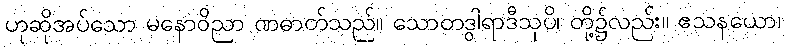
ဟုဆိုအပ်သော မနောဝိညာ ဏဓာတ်သည်။ သောတဒွါရာဒီသုပိ၊ တို့၌လည်း။ ဧသနယော၊